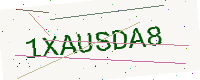
Text: 1XAUSDA8